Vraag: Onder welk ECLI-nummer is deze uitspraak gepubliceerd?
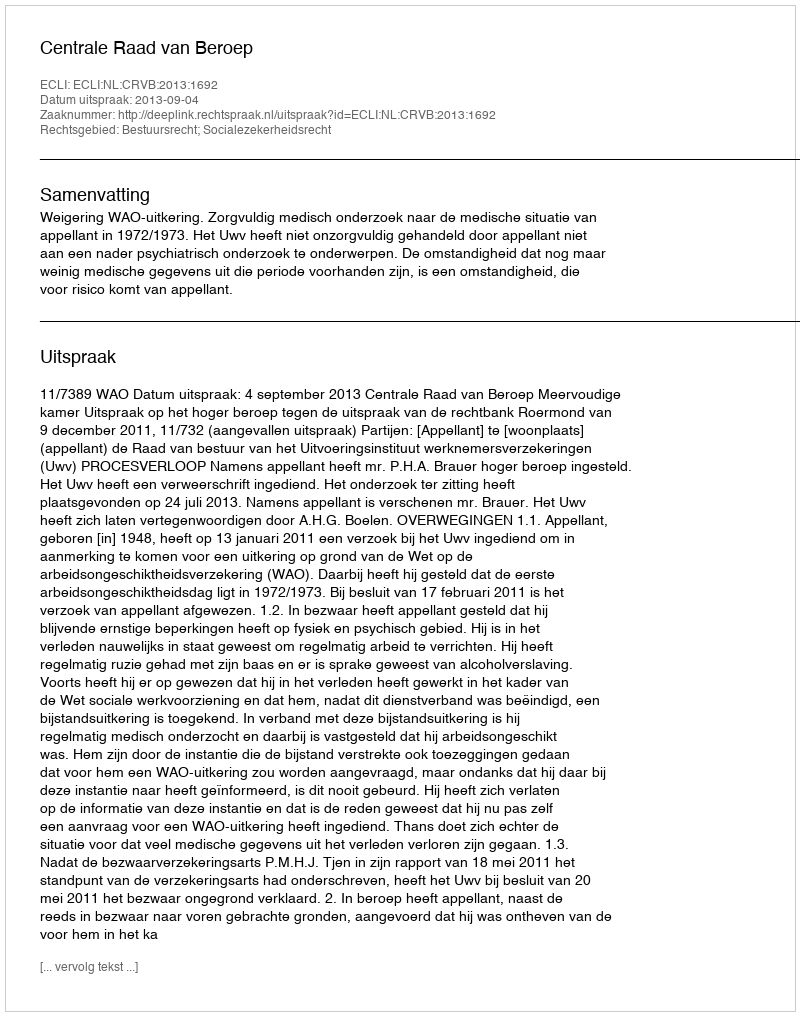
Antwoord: ECLI:NL:CRVB:2013:1692